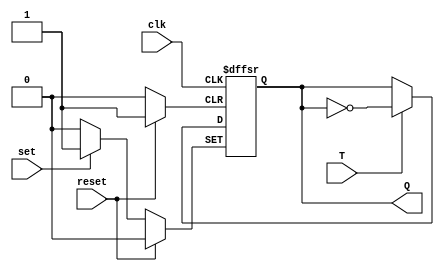
module t_flip_flop(input T, input set, input reset, input clk, output reg Q);

always @(posedge clk or posedge set or posedge reset)
begin
    if (set)
        Q <= 1'b1;
    else if (reset)
        Q <= 1'b0;
    else if (T)
        Q <= ~Q;
end

endmodule